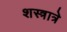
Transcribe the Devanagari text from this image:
शस्त्रात्रे